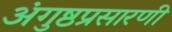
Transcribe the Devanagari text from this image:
अंगुष्ठप्रसारणी